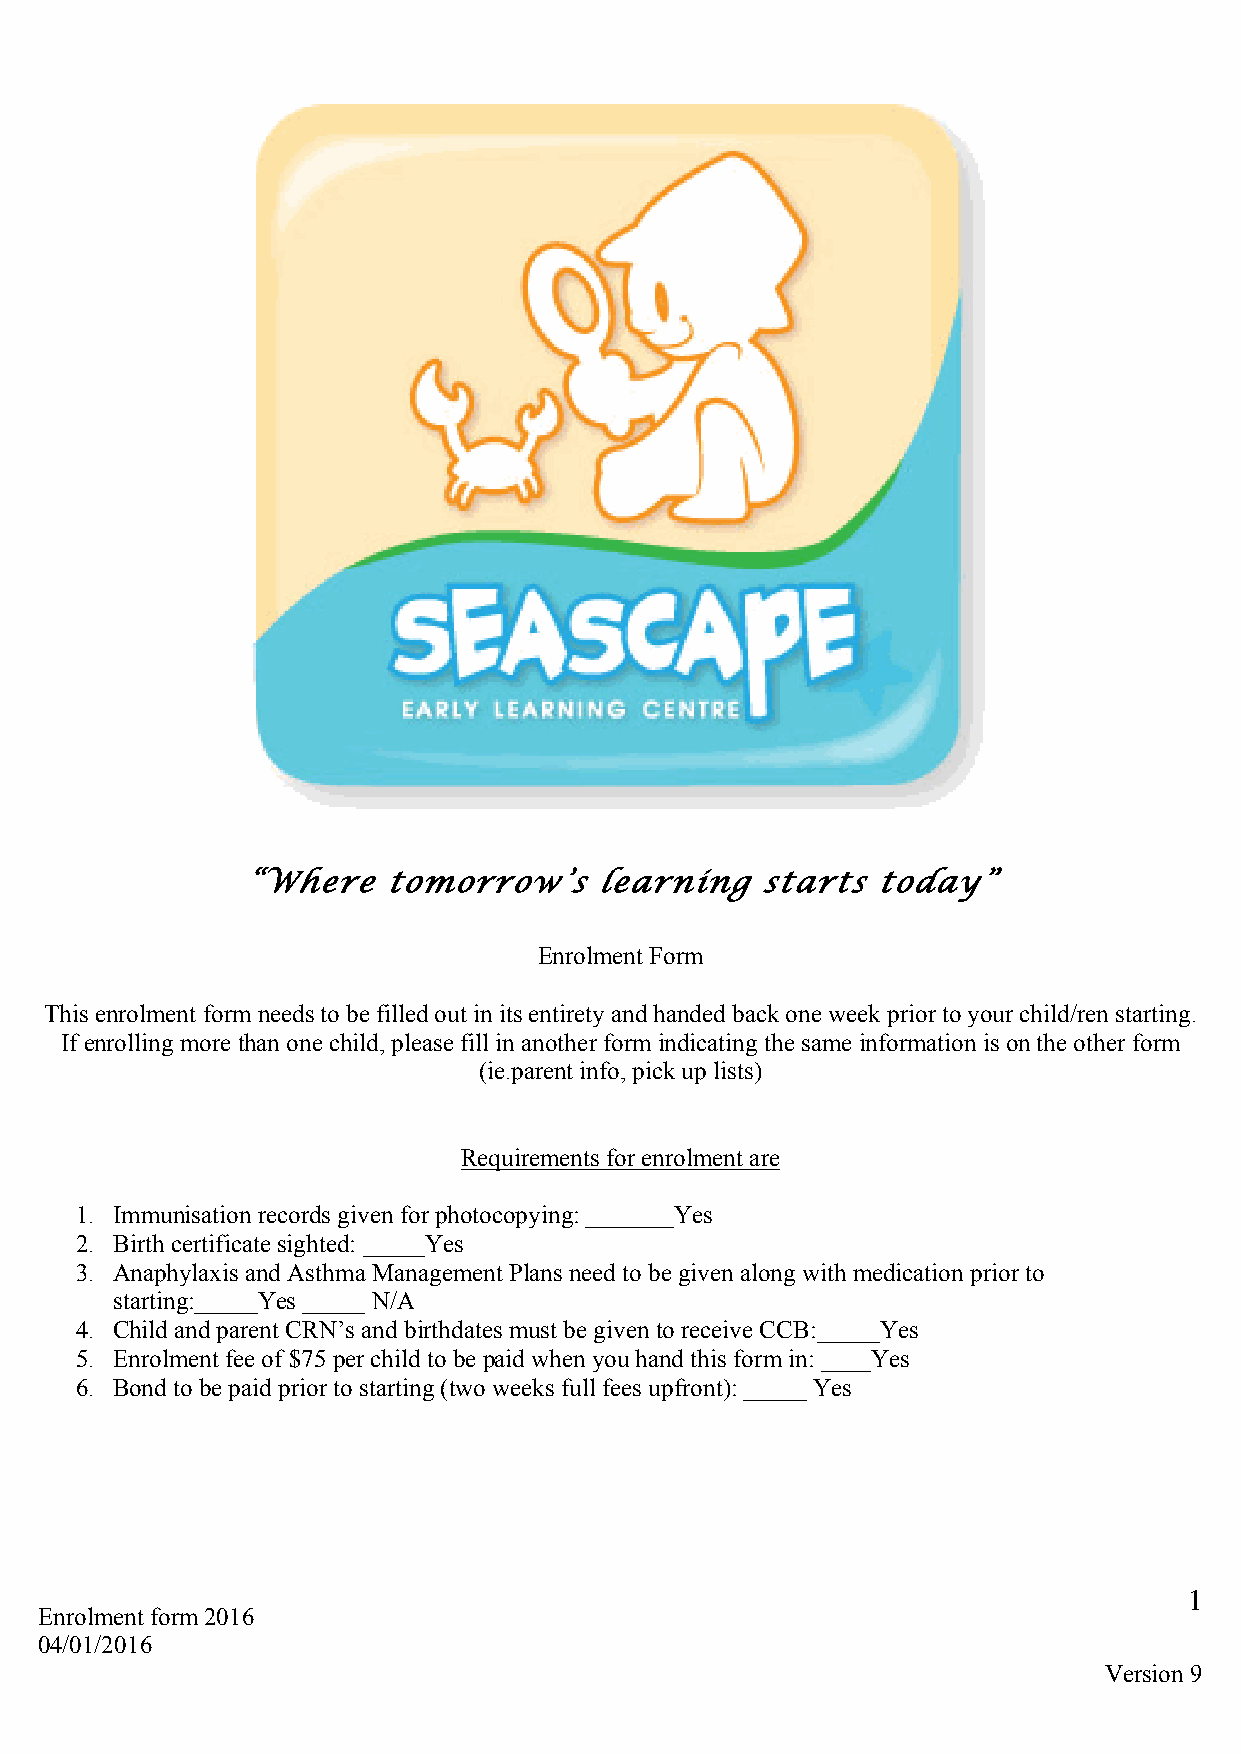
“Where   tomorrow’s    learning   starts  today”
 Enrolment Form
 This enrolment form needs to be filled out in its entirety and handed back one week prior to your child/ren starting.
 If enrolling more than one child, please fill in another form indicating the same information is on the other form
 (ie.parent info, pick up lists)
 Requirements for enrolment are
 1. Immunisation records given for photocopying: _______Yes
 2. Birth certificate sighted: _____Yes
 3. Anaphylaxis and Asthma Management Plans need to be given along with medication prior to
 starting:_____Yes _____ N/A
 4. Child and parent CRN’s and birthdates must be given to receive CCB:_____Yes
 5. Enrolment fee of $75 per child to be paid when you hand this form in: ____Yes
 6. Bond to be paid prior to starting (two weeks full fees upfront): _____ Yes
 1
 Enrolment form 2016
 04/01/2016
 Version 9